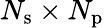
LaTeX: N_{\mathrm{s}}\times N_{\mathrm{p}}